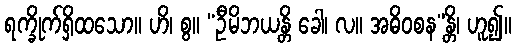
ရက္ခိုက်ရှိထသော။ ဟိ၊ စွ။ “ဦမိဘယန္တိ ခေါ၊ လ။ အဓိဝစန”န္တိ၊ ဟူ၍။